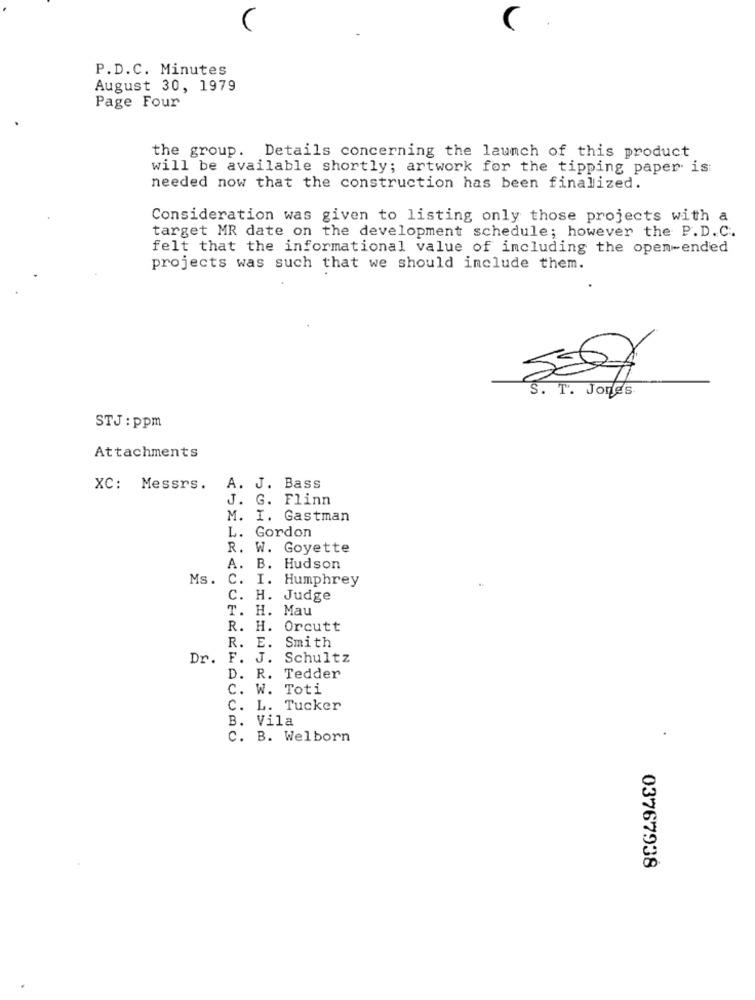
C
P.D.C. Minutes
August 30, 1979
Page Four
the group. Details concerning the launch of this product
will be available shortly; artwork for the tipping paper is:
needed now that the construction has been finalized.
Consideration was given to listing only those projects with a
target MR date on the development schedule; however the P.D.C ..
felt that the informational value of including the open-ended
projects was such that we should include them.
S. T. Jones
STJ : ppm
Attachments
XC: Messrs.
A. J. Bass
J. G. Flinn
M. I. Gastman
L. Gordon
R. W. Goyette
A. B.
Hudson
Ms.
c.
I. Humphrey
C.
H. Judge
T.
H. Mau
R.
H. Orcutt
R.
E.
Smith
Dr.
F.
J.
Schultz
D. R.
Tedder
c.
W. Toti
C.
L. Tucker
B.
Vila
C. B. Welborn
03767938